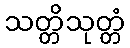
သတ္တိသုတ္တံ